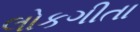
લોકગીતા